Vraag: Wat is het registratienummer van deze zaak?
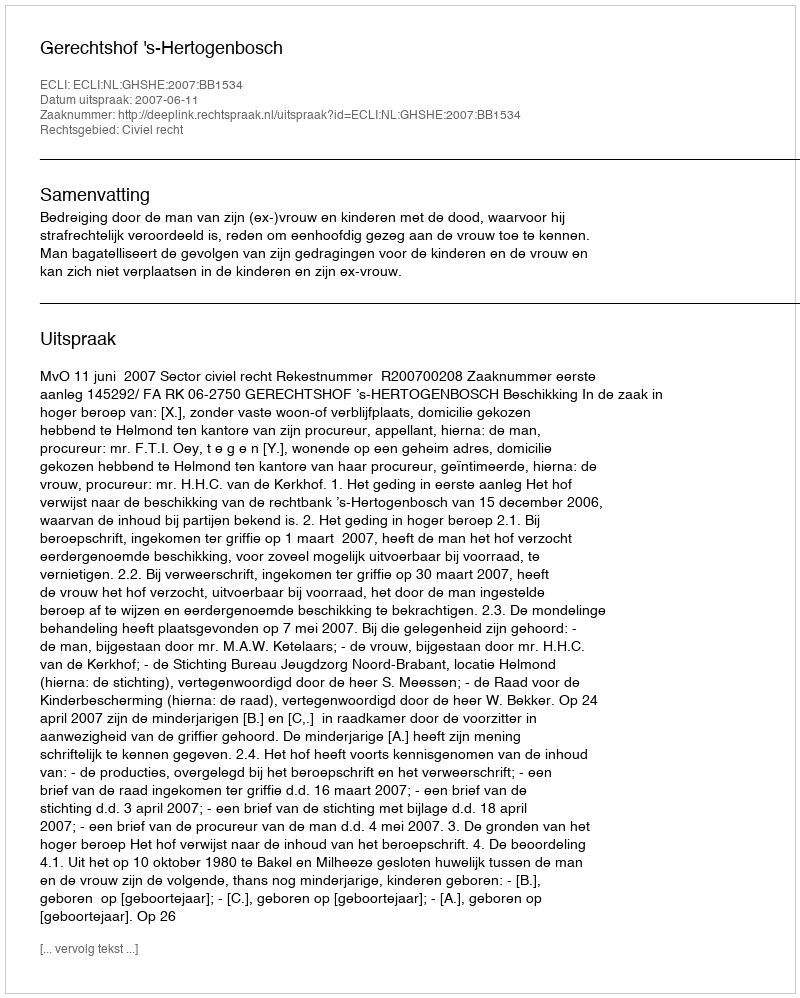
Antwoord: http://deeplink.rechtspraak.nl/uitspraak?id=ECLI:NL:GHSHE:2007:BB1534